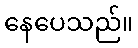
နေပေသည်။